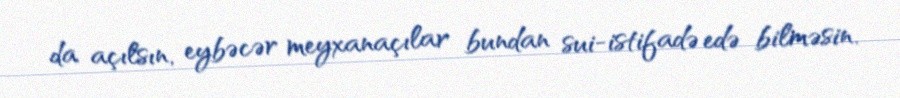
da açılsın, eybəcər meyxanaçılar bundan sui-istifadə edə bilməsin.